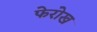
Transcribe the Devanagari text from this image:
फेरोख